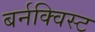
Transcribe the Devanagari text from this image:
बर्नक्विस्ट